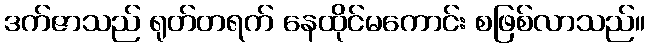
ဒက်ဇာသည် ရုတ်တရက် နေထိုင်မကောင်း စဖြစ်လာသည်။